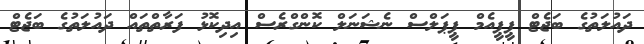
ދައުލަތުގެ ބަޖެޓް ޕީޕީއެމް ޕީޕަލްސް ނެޝަނަލް ކޮންގްރެސް އިދިކޮޅު ފަރާތްތައް ދައުލަތުގެ ބަޖެޓް